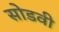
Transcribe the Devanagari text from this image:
सोडवी